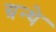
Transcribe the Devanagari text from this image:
ग्रन्थे